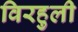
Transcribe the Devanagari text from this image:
विरहुली